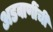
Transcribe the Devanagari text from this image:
अडवाणींची